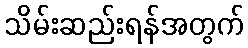
သိမ်းဆည်းရန်အတွက်